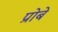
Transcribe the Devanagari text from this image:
प्रोबे